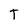
Character: T